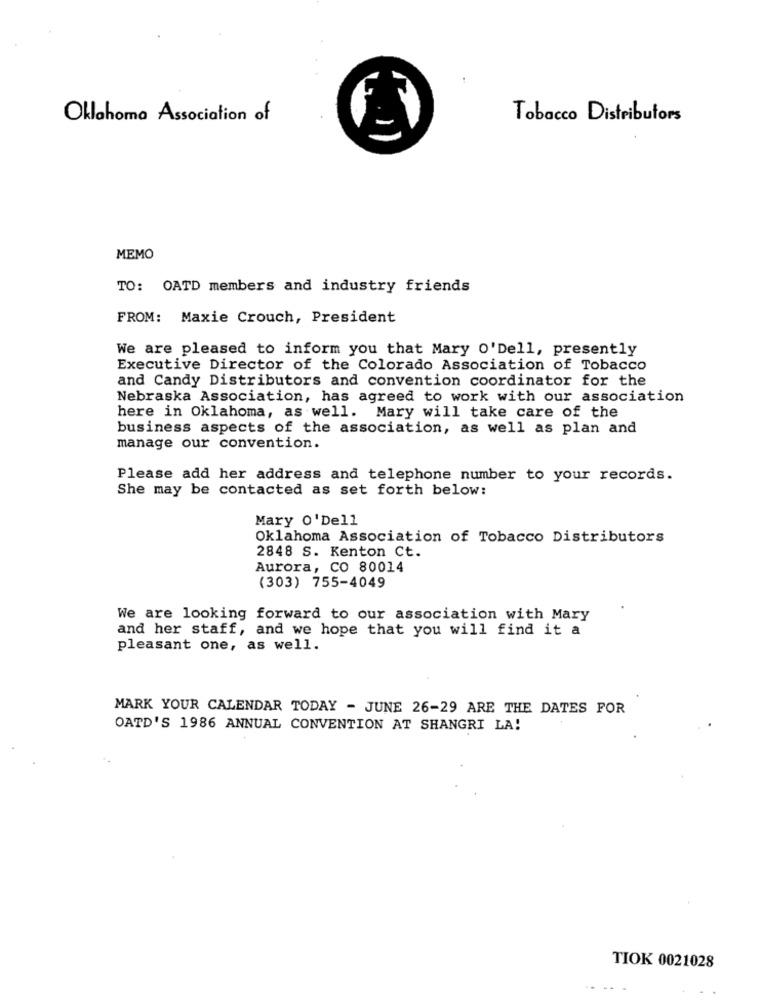
Oklahoma Association of
Tobacco Distributors
MEMO
TO: OATD members and industry friends
FROM: Maxie Crouch, President
We are pleased to inform you that Mary O'Dell, presently
Executive Director of the Colorado Association of Tobacco
and Candy Distributors and convention coordinator for the
Nebraska Association, has agreed to work with our association
here in Oklahoma, as well. Mary will take care of the
business aspects of the association, as well as plan and
manage our convention.
Please add her address and telephone number to your records.
She may be contacted as set forth below:
Mary O'Dell
Oklahoma Association of Tobacco Distributors
2848 S. Kenton Ct.
Aurora, CO 80014
(303) 755-4049
We are looking forward to our association with Mary
and her staff, and we hope that you will find it a
pleasant one, as well.
MARK YOUR CALENDAR TODAY - JUNE 26-29 ARE THE DATES FOR
OATD'S 1986 ANNUAL CONVENTION AT SHANGRI LA!
TIOK 0021028